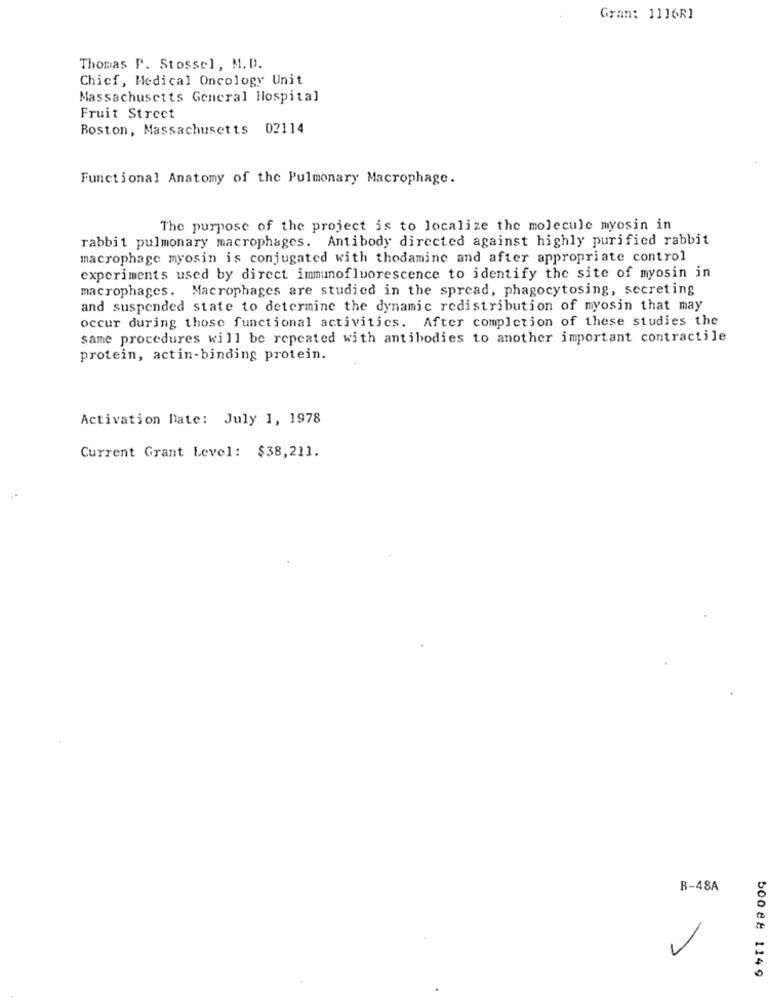
Gran: 1116R]
Thomas P. Stossel, M.D.
Chicf, Medical Oncology Unit
Massachusetts General Hospital
Fruit Street
Boston, Massachusetts 02114
Functional Anatomy of the Pulmonary Macrophage.
The purpose of the project is to localize the molecule myosin in
rabbit pulmonary macrophages. Antibody directed against highly purified rabbit
macrophage myosin is conjugated with thodamine and after appropriate control
experiments used by direct immunofluorescence to identify the site of myosin in
macrophages. Macrophages are studied in the spread, phagocytosing, secreting
and suspended state to determine the dynamic redistribution of myosin that may
occur during those functional activities. After completion of these studies the
same procedures will be repeated with antibodies to another important contractile
protein, actin-binding protein.
Activation Date: July 1, 1978
Current Grant Level: $38,211.
B-48A
500 88 1149